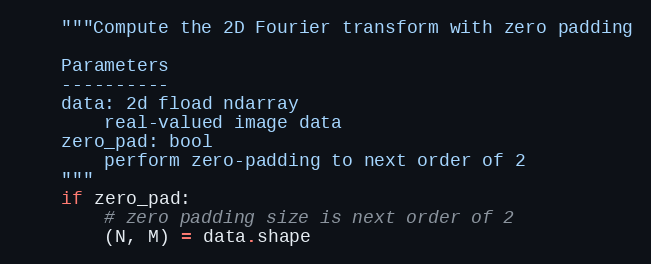
Language: Python
    """Compute the 2D Fourier transform with zero padding

    Parameters
    ----------
    data: 2d fload ndarray
        real-valued image data
    zero_pad: bool
        perform zero-padding to next order of 2
    """
    if zero_pad:
        # zero padding size is next order of 2
        (N, M) = data.shape